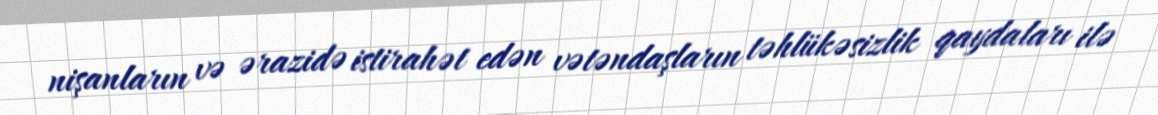
nişanların və ərazidə istirahət edən vətəndaşların təhlükəsizlik qaydaları ilə